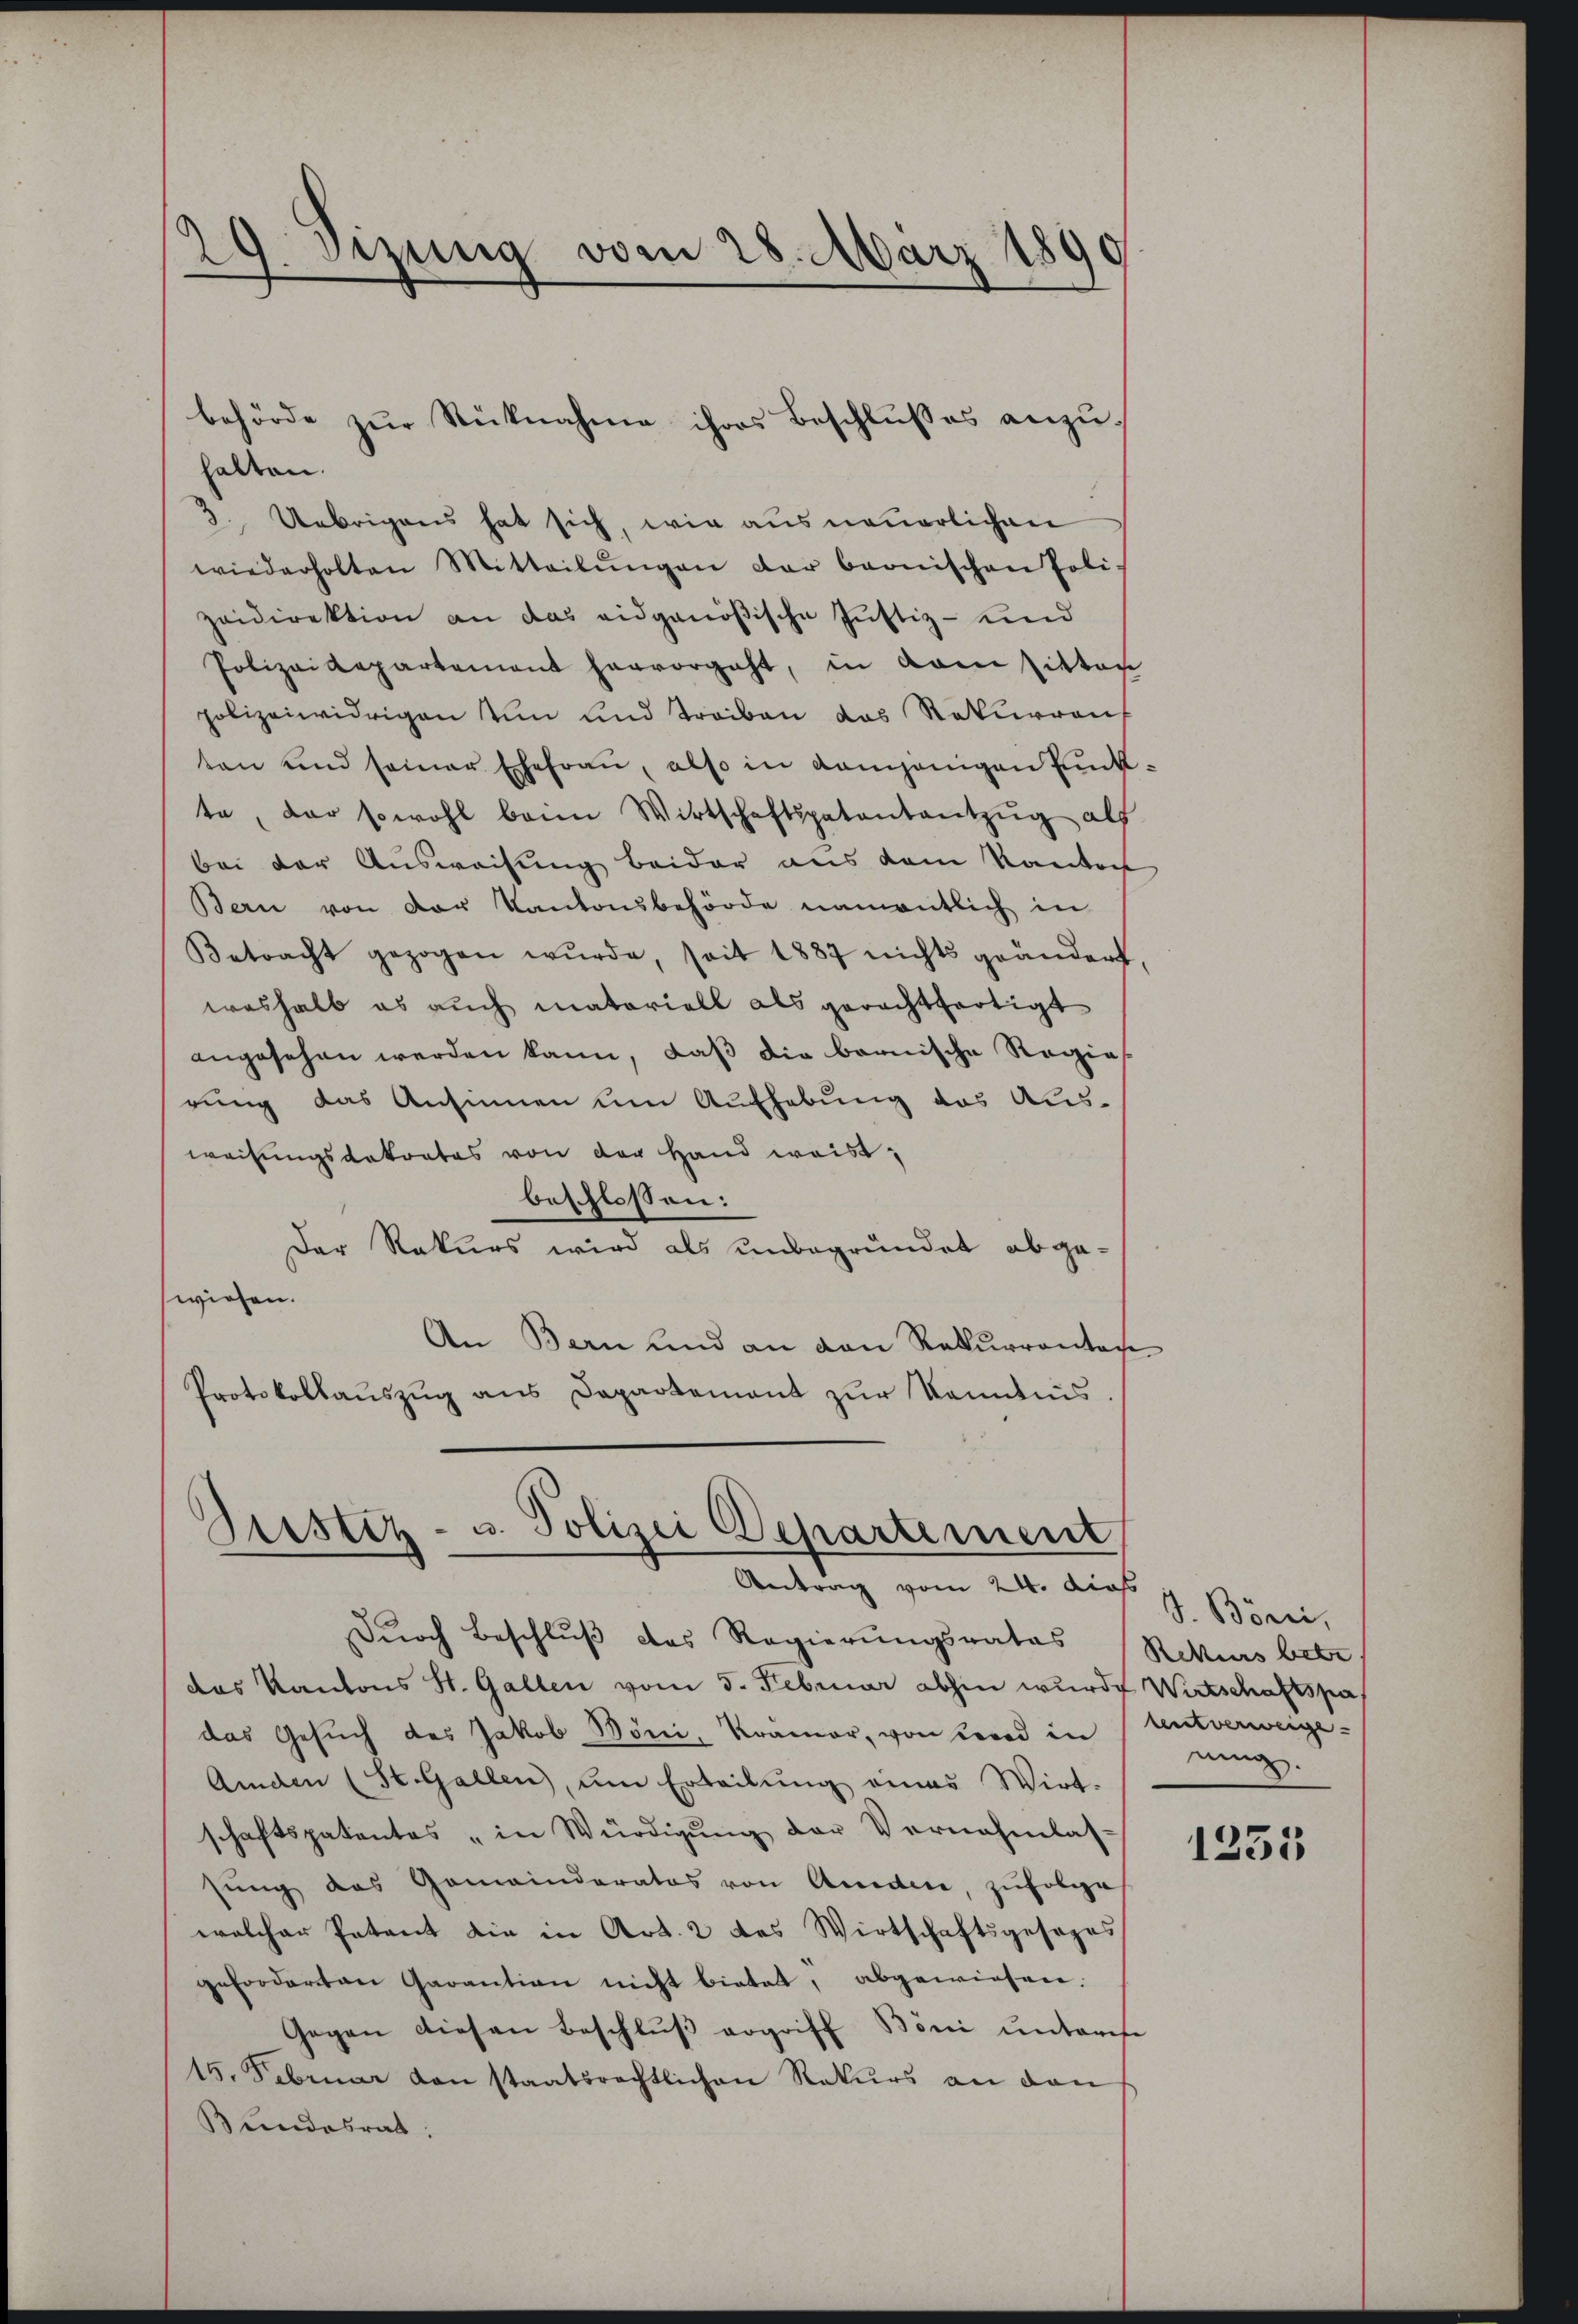
29. Sizung vom 28. März 1890

halten.
3. Uebrigens hat sich, wie aus neuerlichen
wiederholten Mitteilŭngen der beonischen Poli-
zeidirektion an das eidgenößische Justiz- und
Polizeidepartement hervorgeht, in vom Pitten
polizeiwidrigen von und Treiben das Rekurren
ten und seiner Ehefraŭ, also in demjenigen Pück:
te, der sowohl beim Wirtschaftspatentantzŭg als
bei der Ausweisung beider aus dem Kanton
Bern von der Kantonsbehörde namentlich in
Betracht gezogen wŭrde, seit 1887 nichts geändert,
weshalb es auch materiell als gerachtfertigt
angesehen werden kann, daß die bernische Regie
rung das Ansinnen um Aufhebung das Ausweisungsdekrates von der Hand weist,
beschlossen:
Der Rekurs wird als unbegründet abgewiehen.
An Bern und an den Rekurrontage
Protokollauszug aus Departement zur Kenntnis

behörde zŭr Rücknahme ihres Beschlußes anzu¬

Justiz- u. Polizei Departement
Antrag vom 24. dies. 1. Böni,

Dŭrch Beschlŭβ des Regierŭngsrates Rekurs betr
das Kantons St. Gallen vom 5. Februar abhin wurde Wirtschaftspa
das Gesŭch des Jakob Böni, Krämer, von Lord in Mitverweige-
Amden (St. Gallen, um Erteilŭng eines Wirt-
schaftspatentes „in Würdigung der Vernehmlassŭng das Gemeinderatos von Andere, zŭfolge
welcher Patent die in Art. 2 das Wirtschaftsgesages
geforderten Garantion nicht bietet, abgewiesen.
Gegen diesen Beschluß ergriff Böni unterese
15. Februar von staatsrechtlichen Rekurs an den
Bundesrat:

ning.

1235